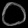
Digit: ၀